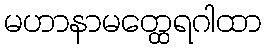
မဟာနာမတ္ထေရဂါထာ